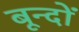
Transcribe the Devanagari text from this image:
बून्दों